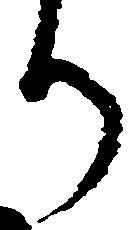
り